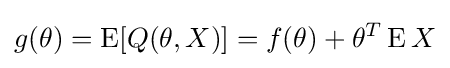
g(\theta )=\operatorname {E} [Q(\theta ,X)]=f(\theta )+\theta ^{T}\operatorname {E} X